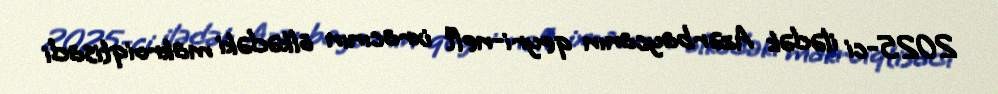
2025-ci ilədək Azərbaycanın qeyri-neft ixracının ölkədəki makroiqtisadi